Lock hospitals Punjab
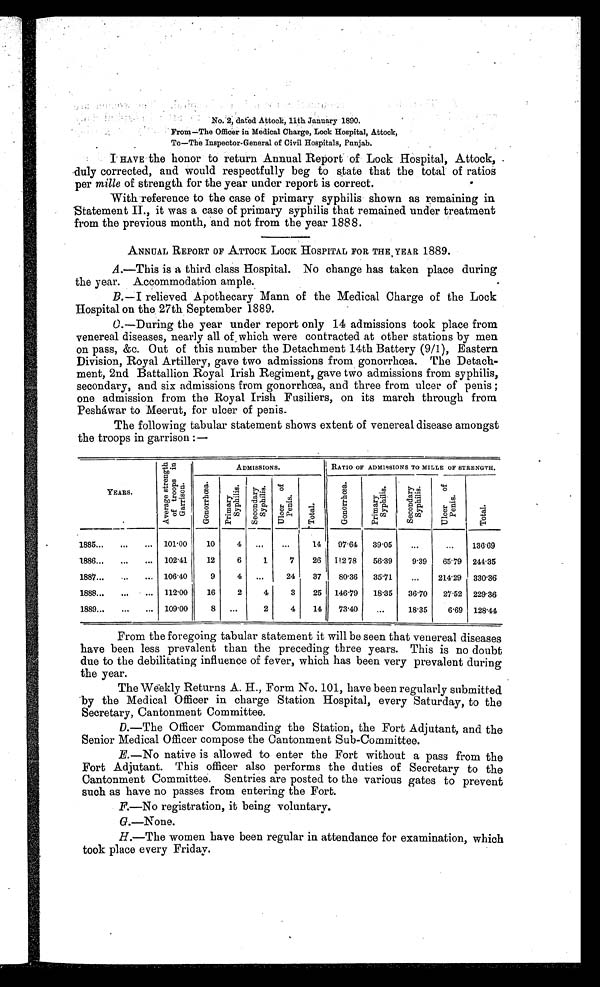
No. 2. dated Attock. 11th January 1890.
From—The Officer in Medical Charge, Lock Hospital, Attock,
To—The Inspector-General of Civil Hospitals, Punjab.
I HAVE the honor to return Annual Report of Lock Hospital, Attock,
duly corrected, and would respectfully beg to state that the total of ratios
per mille of strength for the year under report is correct.
With reference to the case of primary syphilis shown as remaining in
statement II., it was a case of primary syphilis that remained under treatment
from the previous month, and not from the year 1888.
ANNUAL REPORT OF ATTOCK LOCK HOSPITAL FOR THE . YEAR 1889.
A .—This is a third class Hospital. No change has taken place during
the year. Accommodation ample.
B.—I relieved Apothecary Mann of the Medical Charge of the Lock
Hospital on the. 27th September 1889.
C
.—During the year under report only 14 admissions took place from
venereal diseases, nearly all of which were contracted at other stations by men
on pass, &c. Out of this number the Detachment 14th Battery (9/1), Eastern
Division, Royal Artillery, gave two admissions from gonorrhœa. The Detach-
ment, 2nd Battallion Royal Irish Regiment, gave two admissions from syphilis,
secondary, and six admissions from gonorrhœa, and three from ulcer of penis ;
one admission from the Royal Irish Fusiliers, on its march through from
Pesháwar to Meerut, for ulcer of penis.
The following tabular statement shows extent of venereal disease amongst
the troops in garrison :-
ADMISSIONS.
I RATIO OF ADMISSIONS TO MILLE OF STRENGTH.
-
YEARS.
Av e r a g e s t r e n g t h o f t r o o p s i n Ga r r i s o n .
gonorrhœa
.
P r i m a r y S y p h i l i s .
S e c o n d a r y S y p h i l i s .
U l c e r o f p e n i s . Total.__
gonorrhœa.
P r i m a r y S y p h i l i s .
S e c o n d a r y S y p h i l i s .
U l c e r o f p e n i s .
T o t a l .
1885...
...
... 101.00
10
4
...
...
14
97.64
39.05
...
...
136.69
1886...
...
... 102.41
12
6
1
7
26 II2 78
56.39
9.39
65.79
244.35
1887...
. . .
... 106.40
9
4 ...
24
37
80.36
35.71
...
214.29 330.36
1888...
...
. . . 112.00
16
2
4
3
25 146.79 18.35 36.70
27.52 229.36
1889...
...
... 109.00
8 ...
2
4
14
73.40
...
18.35
6.69 128.44
From the foregoing tabular statement it will be seen that venereal diseases
have been less prevalent than the preceding three years. This is no doubt
due to the debilitating influence of fever, which has been very prevalent during
the year.
The Weekly Returns A. H., Form No. 101, have been regularly submitted
by the Medical Officer in charge Station Hospital, every Saturday, to the
Secretary, Cantonment Committee.
D.—The Officer Commanding the Station, the Fort Adjutant, and the
Senior Medical Officer compose the Cantonment Sub-Committee.
E.—No native is allowed to enter the Fort without a pass from the
Fort Adjutant. This officer also performs the duties of Secretary to the
Cantonment Committee. Sentries are posted to the various gates to prevent
such as have no passes from entering the Fort.
F.—No registration, it being voluntary.
G.—None.
H.—The women have been regular in attendance for examination, which
took place every Friday.